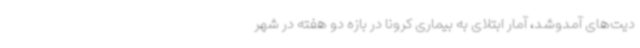
دیت‌های آمدوشد، آمار ابتلای به بیماری کرونا در بازه دو هفته در شهر